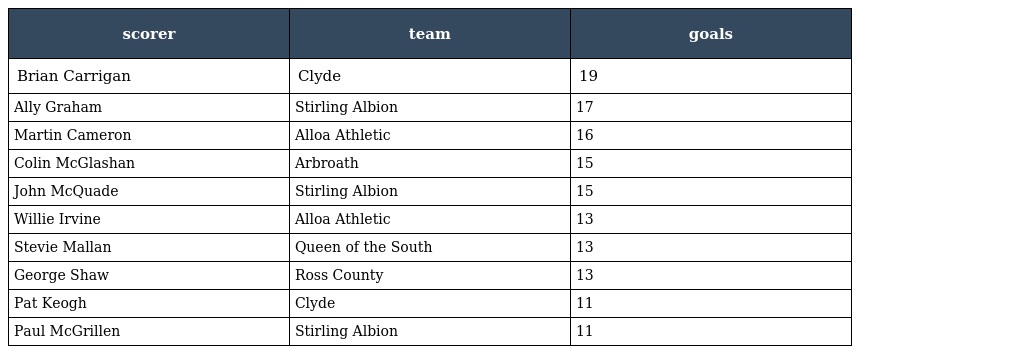
| scorer | team | goals |
 | --- | --- | --- |
 | Brian Carrigan | Clyde | 19 |
 | Ally Graham | Stirling Albion | 17 |
 | Martin Cameron | Alloa Athletic | 16 |
 | Colin McGlashan | Arbroath | 15 |
 | John McQuade | Stirling Albion | 15 |
 | Willie Irvine | Alloa Athletic | 13 |
 | Stevie Mallan | Queen of the South | 13 |
 | George Shaw | Ross County | 13 |
 | Pat Keogh | Clyde | 11 |
 | Paul McGrillen | Stirling Albion | 11 |